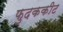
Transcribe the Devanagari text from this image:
फुदककीट